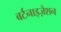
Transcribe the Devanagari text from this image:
बर्टनाइज़ेशन